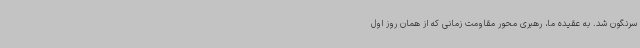
سرنگون شد. به عقیده ما، رهبری محور مقاومت زمانی که از همان روز اول